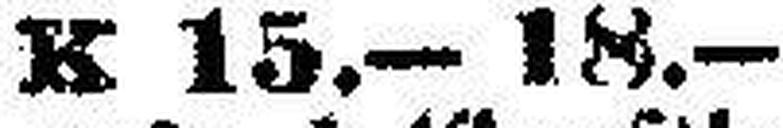
K 15.—18.—